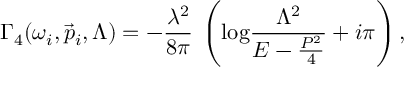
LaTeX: \Gamma _ { 4 } ( \omega _ { i } , \vec { p } _ { i } , \Lambda ) = - \frac { \lambda ^ { 2 } } { 8 \pi } \: \left( \mathrm { l o g } \frac { \Lambda ^ { 2 } } { E - \frac { P ^ { 2 } } { 4 } } + i \pi \right) ,